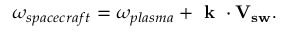
\omega _ { s p a c e c r a f t } = \omega _ { p l a s m a } + \textbf { k } \cdot \mathbf { V _ { s w } } .